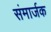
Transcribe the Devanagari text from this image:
संमार्जक